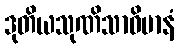
ဒုတိယသုဏိသာဝိမာနံ